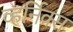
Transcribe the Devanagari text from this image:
व्हर्निक्स